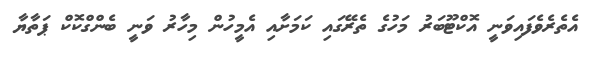
އެތެރެވެފައިވަނީ އޮކްޓޫބަރު މަހުގެ ތެރޭގައި ކަމަށާއި އެމީހުން މިހާރު ވަނީ ބެންގްކޮކް ޕަތާޔާ